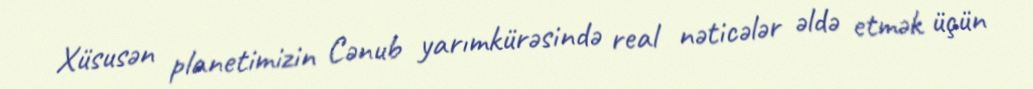
Xüsusən planetimizin Cənub yarımkürəsində real nəticələr əldə etmək üçün